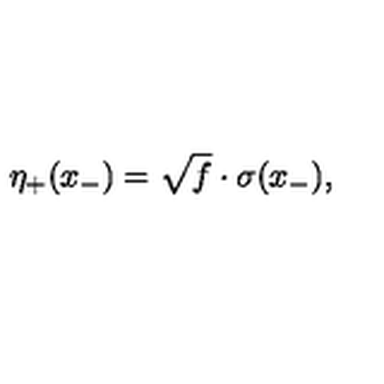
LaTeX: { \eta } _ { + } ( x _ { - } ) = \sqrt { f } \cdot \sigma ( x _ { - } ) ,